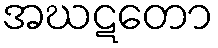
အဃဋတော